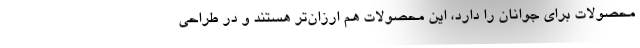
محصولات برای جوانان را دارد، این محصولات هم ارزان‌تر هستند و در طراحی